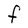
Character: F